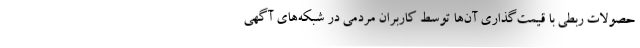
حصولات ربطی با قیمت‌گذاری آن‌ها توسط کاربران مردمی در شبکه‌های آگهی